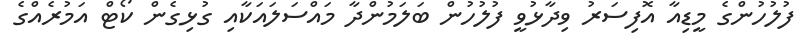
ފުލުހުންގެ މީޑިއާ އޮފިސަރު ވިދާޅުވީ ފުލުހުން ބަލަމުންދާ މައްސަލައަކާއި ގުޅިގެން ކޯޓް އަމުރެއްގެ